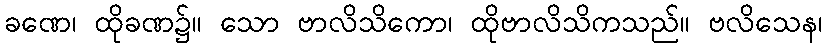
ခဏေ၊ ထိုခဏ၌။ သော ဗာလိသိကော၊ ထိုဗာလိသိကသည်။ ဗလိသေန၊